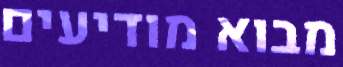
מבוא מודיעים